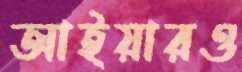
আইয়ারও